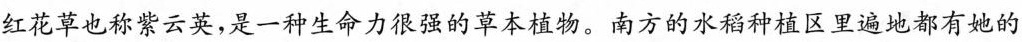
红花草也称紫云英，是一种生命力很强的草本植物。南方的水稻种植区里遍地都有她的